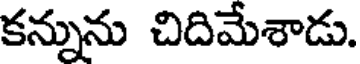
కన్నును చిదిమేశాడు.